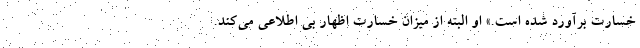
خسارت برآورد شده است.» او البته از میزان خسارت اظهار بی اطلاعی می‌کند.